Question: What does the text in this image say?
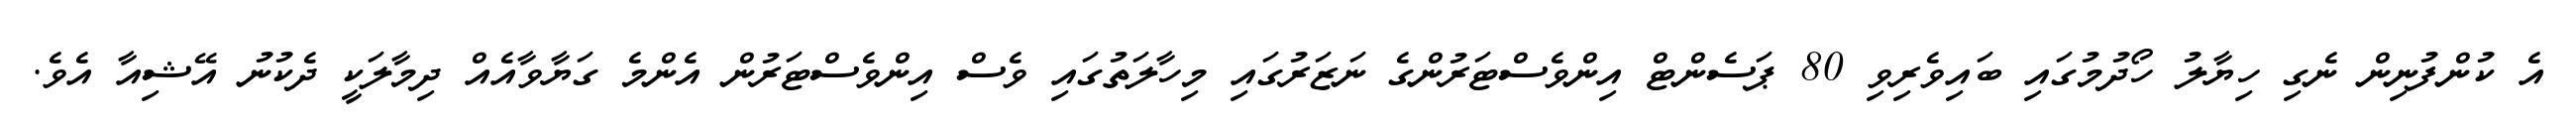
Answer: އެ ކުންފުނިން ނެގި ހިޔާލު ހޯދުމުގައި ބައިވެރިވި 80 ޕަސެންޓް އިންވެސްޓަރުންގެ ނަޒަރުގައި މިހާލަތުގައި ވެސް އިންވެސްޓަރުން އެންމެ ގަޔާވާއެއް ދިމާލަކީ ދެކުނު އޭޝިއާ އެވެ.